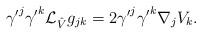
LaTeX: \begin{align*}{\gamma^{\prime}}^j{\gamma^{\prime}}^k\mathcal{L}_{\hat V}g_{jk}=2{\gamma^{\prime}}^j{\gamma^{\prime}}^k\nabla_jV_k.\end{align*}